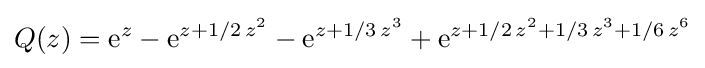
Q(z)={\rm {e}}^{z}-{\rm {e}}^{z+1/2\,z^{2}}-{\rm {e}}^{z+1/3\,z^{3}}+{\rm {e}}^{z+1/2\,z^{2}+1/3\,z^{3}+1/6\,z^{6}}